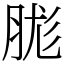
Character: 䏵